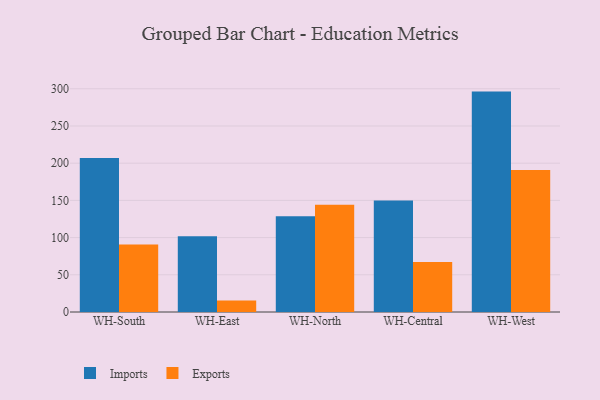
{"axis": {"x": "Warehouse", "y": "Active Users"}, "legend": ["Exports", "Imports"], "data": [{"x": "WH-South", "y": 207.1, "type": "Imports"}, {"x": "WH-South", "y": 90.6, "type": "Exports"}, {"x": "WH-East", "y": 101.8, "type": "Imports"}, {"x": "WH-East", "y": 15.5, "type": "Exports"}, {"x": "WH-North", "y": 128.6, "type": "Imports"}, {"x": "WH-North", "y": 144.1, "type": "Exports"}, {"x": "WH-Central", "y": 149.8, "type": "Imports"}, {"x": "WH-Central", "y": 67.3, "type": "Exports"}, {"x": "WH-West", "y": 296.2, "type": "Imports"}, {"x": "WH-West", "y": 190.9, "type": "Exports"}]}